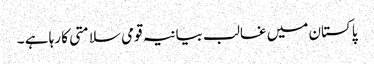
پاکستان میں غالب بیانیہ قومی سلامتی کا رہا ہے ۔